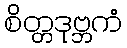
စိတ္တဒုဗ္ဘကံ